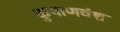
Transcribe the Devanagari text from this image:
कुषाणवंश